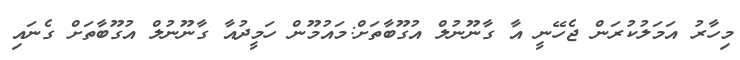
މިހާރު އަމަލުކުރަން ޖެހޭނީ އާ ގާނޫނުލް އުގޫބާތަށް:މައުމޫން ހަމީދުއާ ގާނޫނުލް އުގޫބާތަށް ގެނައި